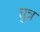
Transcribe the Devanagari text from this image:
घुन्न